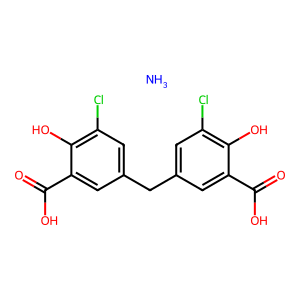
SMILES: N.O=C(O)c1cc(Cc2cc(Cl)c(O)c(C(=O)O)c2)cc(Cl)c1O
Inhibits HIV replication: No